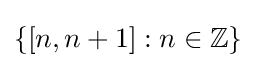
\{[n,n+1]:n\in \mathbb {Z} \}